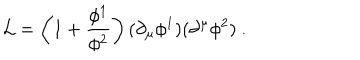
{ \cal L } = \left( 1 + \frac { \phi ^ { 1 } } { \phi ^ { 2 } } \right) ( \partial _ { \mu } \phi ^ { 1 } ) ( \partial ^ { \mu } \phi ^ { 2 } ) \ .